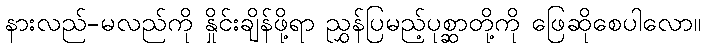
နားလည်-မလည်ကို နှိုင်းချိန်ဖို့ရာ ညွှန်ပြမည့်ပုစ္ဆာတို့ကို ဖြေဆိုစေပါလော။